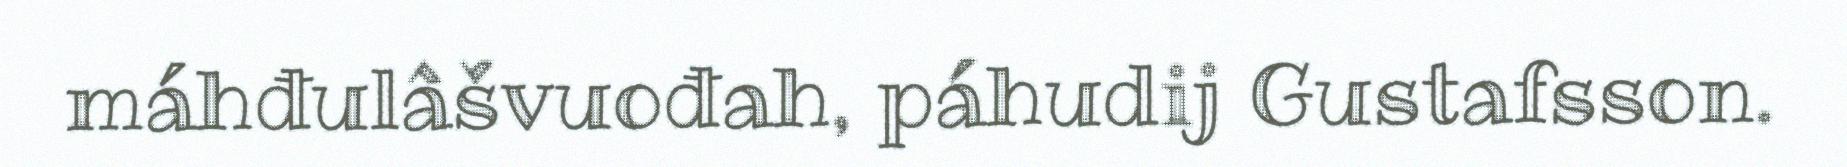
máhđulâšvuođah, páhudij Gustafsson.